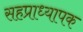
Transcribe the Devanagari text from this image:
सहप्राध्यापक